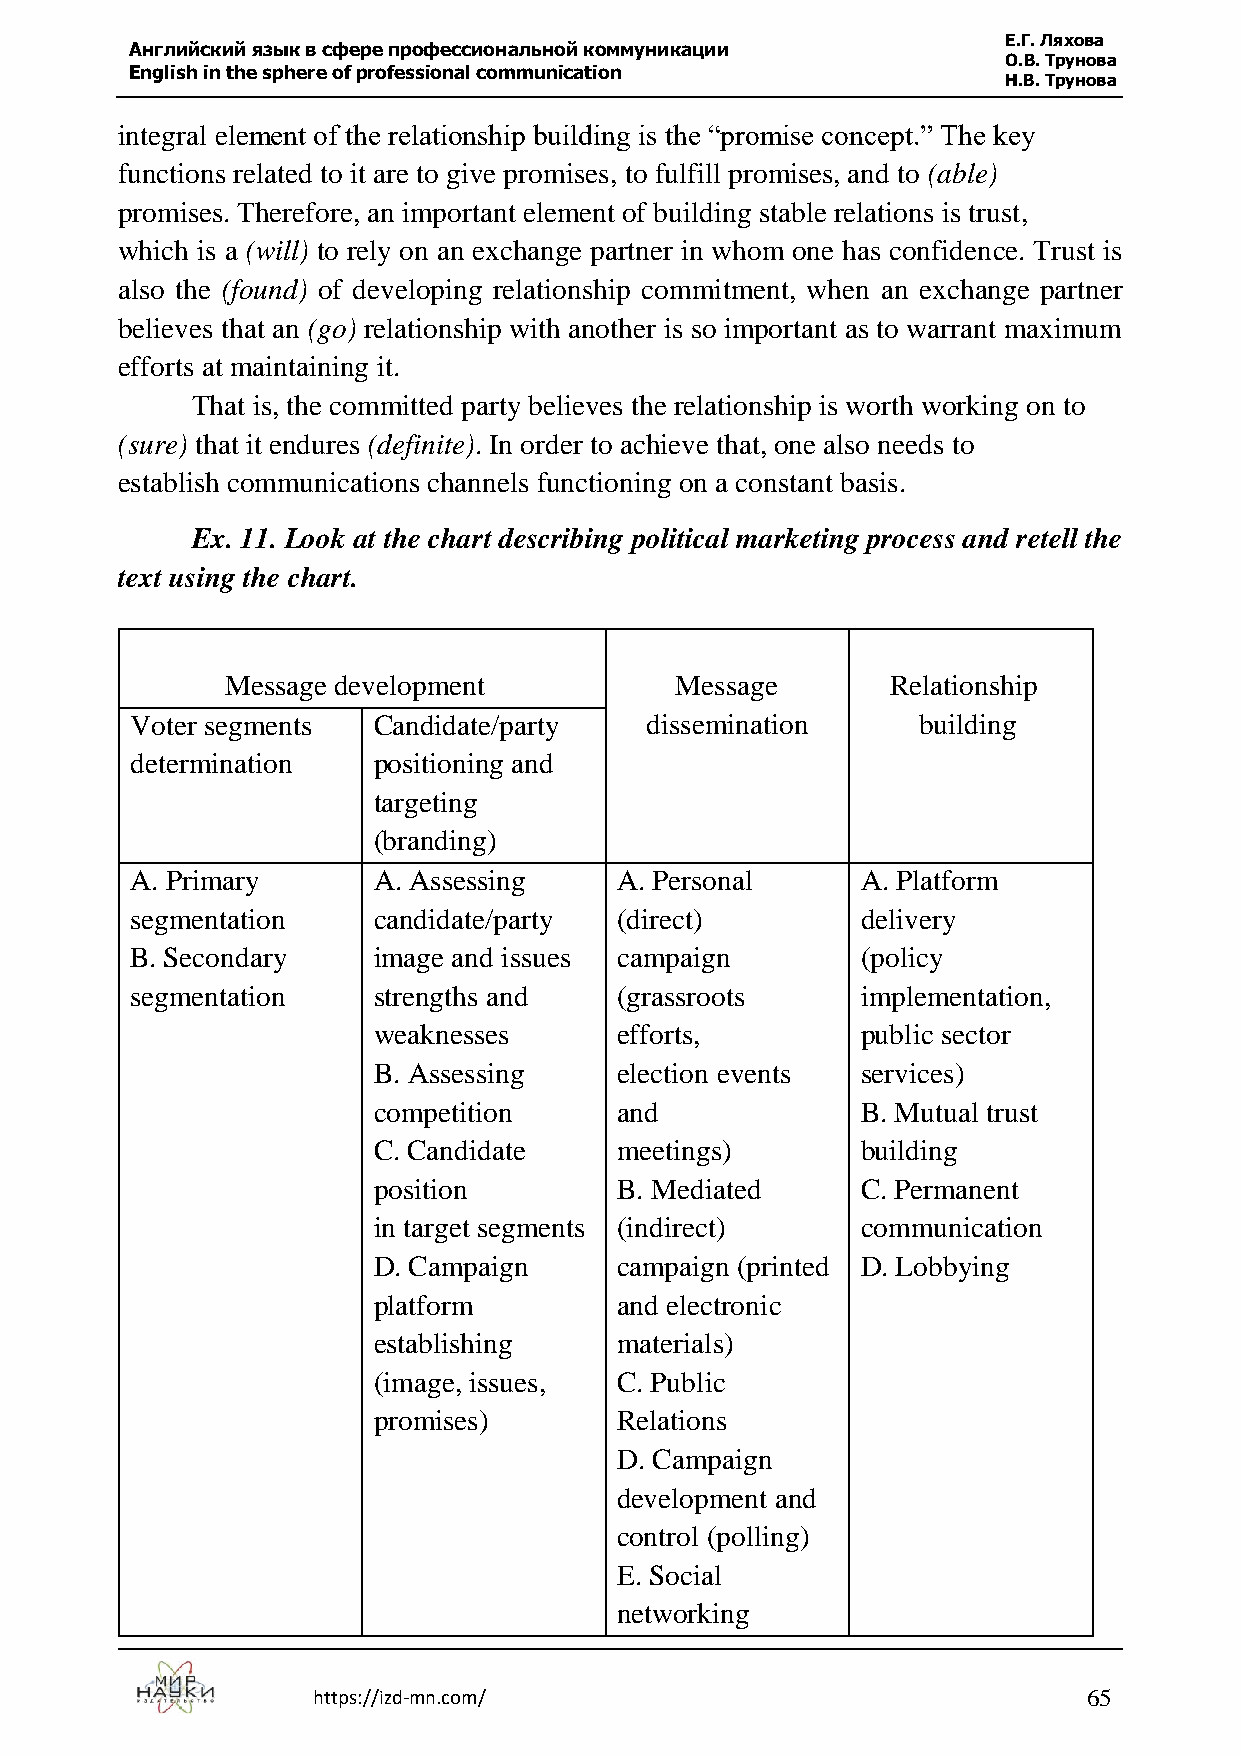
Е.Г. Ляхова
 Английский язык в сфере профессиональной коммуникации
 О.В. Трунова
 English in the sphere of professional communication
 Н.В. Трунова
 integral element of the relationship building is the “promise concept.” The key
 functions related to it are to give promises, to fulfill promises, and to (able)
 promises. Therefore, an important element of building stable relations is trust,
 which is a (will) to rely on an exchange partner in whom one has confidence. Trust is
 also the (found) of developing relationship commitment, when an exchange partner
 believes that an (go) relationship with another is so important as to warrant maximum
 efforts at maintaining it.
 That is, the committed party believes the relationship is worth working on to
 (sure) that it endures (definite). In order to achieve that, one also needs to
 establish communications channels functioning on a constant basis.
 Ex. 11. Look at the chart describing political marketing process and retell the
 text using the chart.
 Message development           Message       Relationship
 Voter segments  Candidate/party   dissemination     building
 determination   positioning and
 targeting
 (branding)
 A. Primary      A. Assessing    A. Personal     A. Platform
 segmentation    candidate/party (direct)        delivery
 B. Secondary    image and issues campaign       (policy
 segmentation    strengths and   (grassroots     implementation,
 weaknesses      efforts,        public sector
 B. Assessing    election events services)
 competition     and             B. Mutual trust
 C. Candidate    meetings)       building
 position        B. Mediated     C. Permanent
 in target segments (indirect)   communication
 D. Campaign     campaign (printed D. Lobbying
 platform        and electronic
 establishing    materials)
 (image, issues, C. Public
 promises)       Relations
 D. Campaign
 development and
 control (polling)
 E. Social
 networking
 https://izd-mn.com/                                65